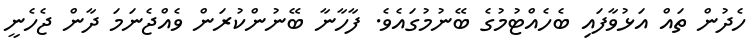
ހެދުން ތައް އަޅުވާފައި ބެހެއްޓުމުގެ ބޭނުމުގައެވެ. ފާހާނާ ބޭނުންކުރަން ވެއްޖެނަމަ ދާން ޖެހެނީ